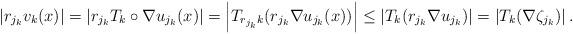
LaTeX: \begin{align*}\left|r_{j_k}v_k(x)\right|=\left|r_{j_k}T_k\circ \nabla u_{j_k}(x)\right|=\left|T_{r_{j_k}k}(r_{j_k}\nabla u_{j_k}(x))\right|\leq \left|T_k(r_{j_k}\nabla u_{j_k})\right|=\left|T_k(\nabla\zeta_{j_k})\right|.\end{align*}